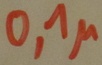
Text: 0,1µ